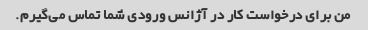
من برای درخواست کار در آژانس ورودی شما تماس می‌گیرم.